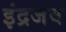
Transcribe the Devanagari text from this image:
इंद्रजव